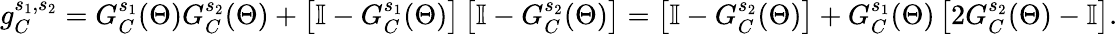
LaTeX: g_{C}^{s_{1},s_{2}}=G_{C}^{s_{1}}(\Theta)G_{C}^{s_{2}}(\Theta)+\left[\mathbb{I}-G_{C}^{s_{1}}(\Theta)\right]\left[\mathbb{I}-G_{C}^{s_{2}}(\Theta)\right]=\left[\mathbb{I}-G_{C}^{s_{2}}(\Theta)\right]+G_{C}^{s_{1}}(\Theta)\left[2G_{C}^{s_{2}}(\Theta)-\mathbb{I}\right].